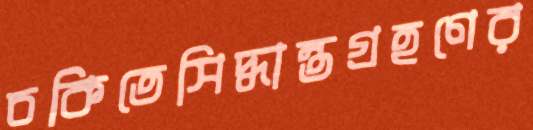
চকিতেসিদ্ধান্তগ্রহণের